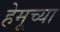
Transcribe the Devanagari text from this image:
हेमूच्या